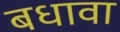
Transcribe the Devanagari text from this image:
बधावा